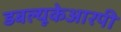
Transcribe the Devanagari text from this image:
डबल्यूकेआरपी